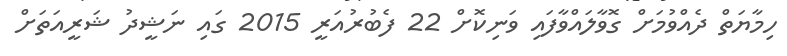
ހިމާޔަތް ދެއްވުމަށް ގޮވާލައްވާފައި ވަނިކޮށް 22 ފެބުރުއަރީ 2015 ގައި ނަޝީދު ޝަރީއަތަށް